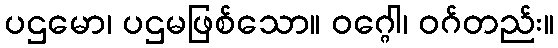
ပဌမော၊ ပဌမဖြစ်သော။ ဝဂ္ဂေါ၊ ဝဂ်တည်း။